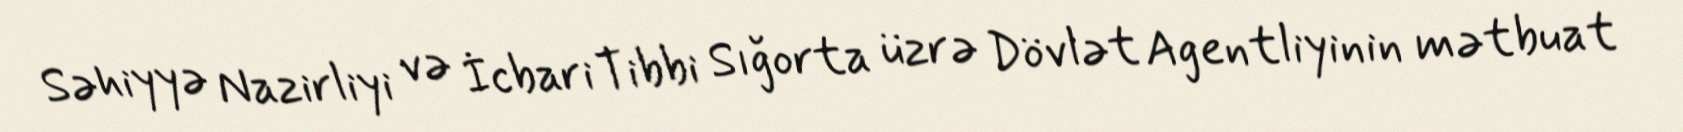
Səhiyyə Nazirliyi və İcbari Tibbi Sığorta üzrə Dövlət Agentliyinin mətbuat